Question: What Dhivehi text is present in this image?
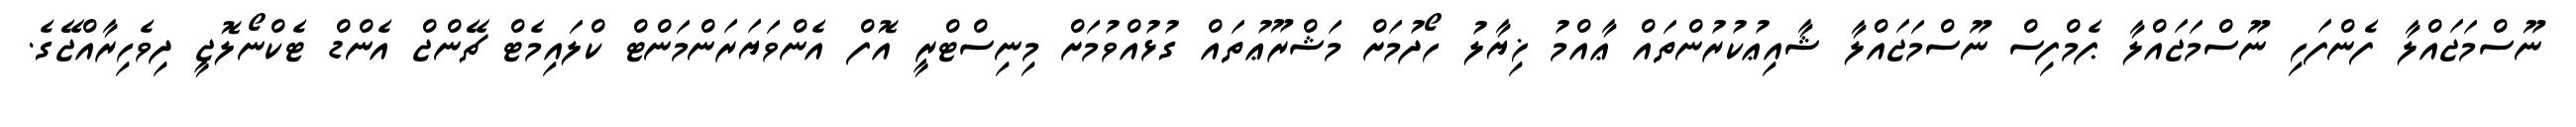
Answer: ނޫސްމަޖައްލާ ފެންފަހި ނޫސްމަޖައްލާ ޕެމްފިސް ނޫސްމަޖައްލާ ޝާއިޢުކުރުންތައް ޢާއްމު ޚިޔާލު ހޯދުމަށް މަޝްރޫޢުތައް ގުޅުއްވުމަށް މިނިސްޓްރީ އޮފް އެންވަޔަރަންމަންޓް ކްލައިމެޓް ޗޭންޖް އެންޑް ޓެކްނޯލޮޖީ ދިވެހިރާއްޖޭގެ.